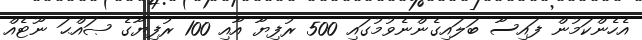
އެހެންކަމުން ފައިސާ ބަލައިގެންނެވުމުގައި 500 ރުފިޔާ އާއި 100 ރުފިޔާގެ ޞައްޙަ ނޫޓެއް